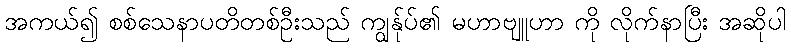
အကယ်၍ စစ်သေနာပတိတစ်ဦးသည် ကျွန်ုပ်၏ မဟာဗျူဟာ ကို လိုက်နာပြီး အဆိုပါ